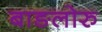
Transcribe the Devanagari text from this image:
बाङलोरु